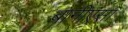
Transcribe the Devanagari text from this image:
बानीएसा